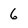
Character: 6